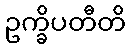
ဥက္ခိပတီတိ